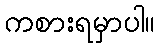
ကစားရမှာပါ။